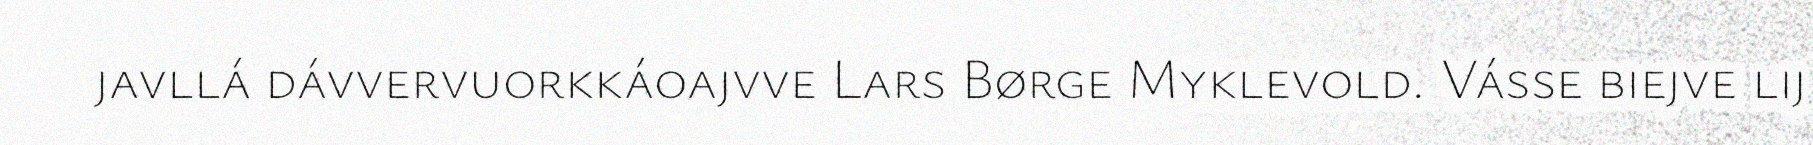
javllá dávvervuorkkáoajvve Lars Børge Myklevold. Vásse biejve lij